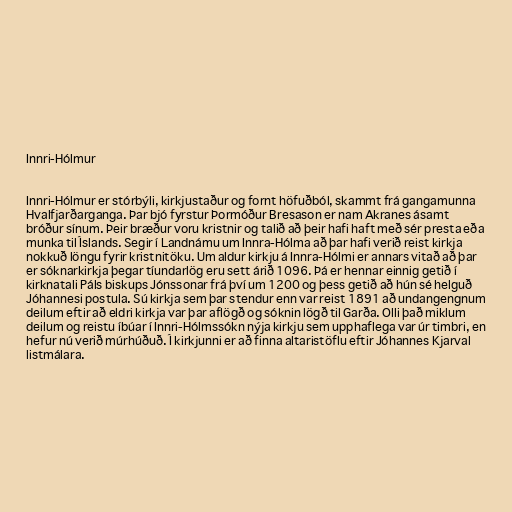
Innri-Hólmur

Innri-Hólmur er stórbýli, kirkjustaður og fornt höfuðból, skammt frá gangamunna
Hvalfjarðarganga. Þar bjó fyrstur Þormóður Bresason er nam Akranes ásamt
bróður sínum. Þeir bræður voru kristnir og talið að þeir hafi haft með sér presta eða
munka til Íslands. Segir í Landnámu um Innra-Hólma að þar hafi verið reist kirkja
nokkuð löngu fyrir kristnitöku. Um aldur kirkju á Innra-Hólmi er annars vitað að þar
er sóknarkirkja þegar tíundarlög eru sett árið 1096. Þá er hennar einnig getið í
kirknatali Páls biskups Jónssonar frá því um 1200 og þess getið að hún sé helguð
Jóhannesi postula. Sú kirkja sem þar stendur enn var reist 1891 að undangengnum
deilum eftir að eldri kirkja var þar aflögð og sóknin lögð til Garða. Olli það miklum
deilum og reistu íbúar í Innri-Hólmssókn nýja kirkju sem upphaflega var úr timbri, en
hefur nú verið múrhúðuð. Í kirkjunni er að finna altaristöflu eftir Jóhannes Kjarval
listmálara.